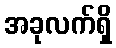
အခုလက်ရှိ